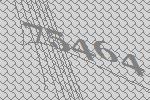
75464